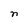
Character: n